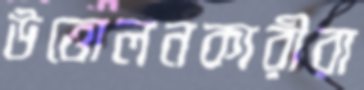
উত্তোলনকারীরা